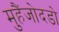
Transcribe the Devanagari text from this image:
मुहैंजोदडो